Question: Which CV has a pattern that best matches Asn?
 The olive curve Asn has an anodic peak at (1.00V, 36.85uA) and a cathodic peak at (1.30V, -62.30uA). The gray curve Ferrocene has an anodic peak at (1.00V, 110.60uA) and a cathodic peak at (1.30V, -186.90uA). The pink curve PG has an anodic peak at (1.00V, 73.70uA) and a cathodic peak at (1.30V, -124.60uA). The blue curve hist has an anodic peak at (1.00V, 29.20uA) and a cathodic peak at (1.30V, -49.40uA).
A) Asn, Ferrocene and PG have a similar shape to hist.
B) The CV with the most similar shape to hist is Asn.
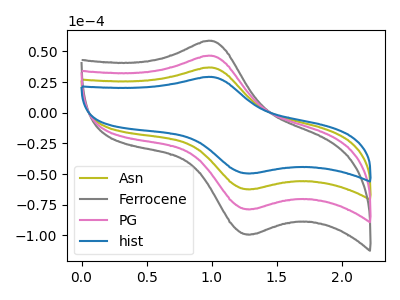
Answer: <think>All the peaks in "Asn" have a peak in "Ferrocene" at the same potential. Every peak in "Asn" is lower than every peak in "Ferrocene". All the peaks in "Asn" have a peak in "PG" at the same potential. Every peak in "Asn" is lower than every peak in "PG". All the peaks in "Asn" have a peak in "hist" at the same potential. Every peak in "Asn" is higher than every peak in "hist". All the peaks in "Ferrocene" have a peak in "PG" at the same potential. Every peak in "Ferrocene" is higher than every peak in "PG". All the peaks in "Ferrocene" have a peak in "hist" at the same potential. Every peak in "Ferrocene" is higher than every peak in "hist". All the peaks in "PG" have a peak in "hist" at the same potential. Every peak in "PG" is higher than every peak in "hist".
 </think>
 <answer>A) "Asn", "Ferrocene" and "PG" have a similar shape to "hist".</answer>
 <eval>A</eval>